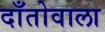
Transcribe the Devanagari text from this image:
दाँतोवाला